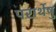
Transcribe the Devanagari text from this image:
परार्थेषु